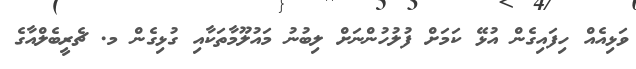
ވަޅިއެއް ހިފައިގެން އުޅޭ ކަމަށް ފުލުހުންނަށް ލިބުނު މައުލޫމާތަކާއި ގުޅިގެން މ. ޗެރީބެލްއާގެ